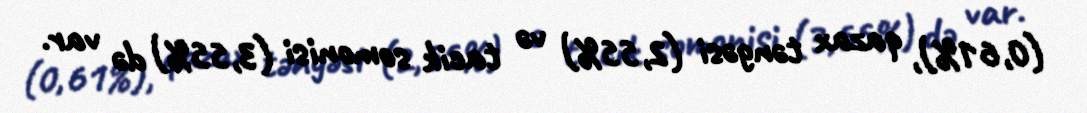
(0,61%), qazax təngəsi (2,55%) və tacik somonisi (3,55%) də var.